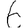
Digit: 6